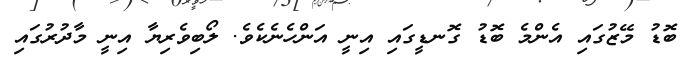
ބޮޑު މޭޒުގައި އެންމެ ބޮޑު ގޮނޑީގައި އިނީ އަންހެނެކެވެ. ލޯބިވެރިޔާ އިނީ މާދުރުގައި